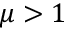
\mu > 1